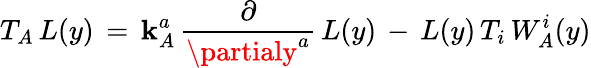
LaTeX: T_{A}\, L(y)\, =\, \mathbf{k}_{A}^{a}\, \frac{{\partial}}{{\partialy^{a}}}\, L(y)\, -\, L(y)\, T_{i}\, W_{A}^{i}(y)